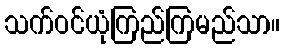
သက်ဝင်ယုံကြည်ကြမည်သာ။